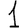
Digit: 1